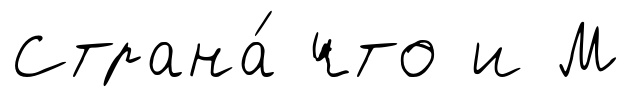
Страна́ что и М